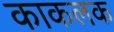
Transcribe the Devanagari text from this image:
काकलक